Calcutta medical institutions reports 1871-78
Year: 1871
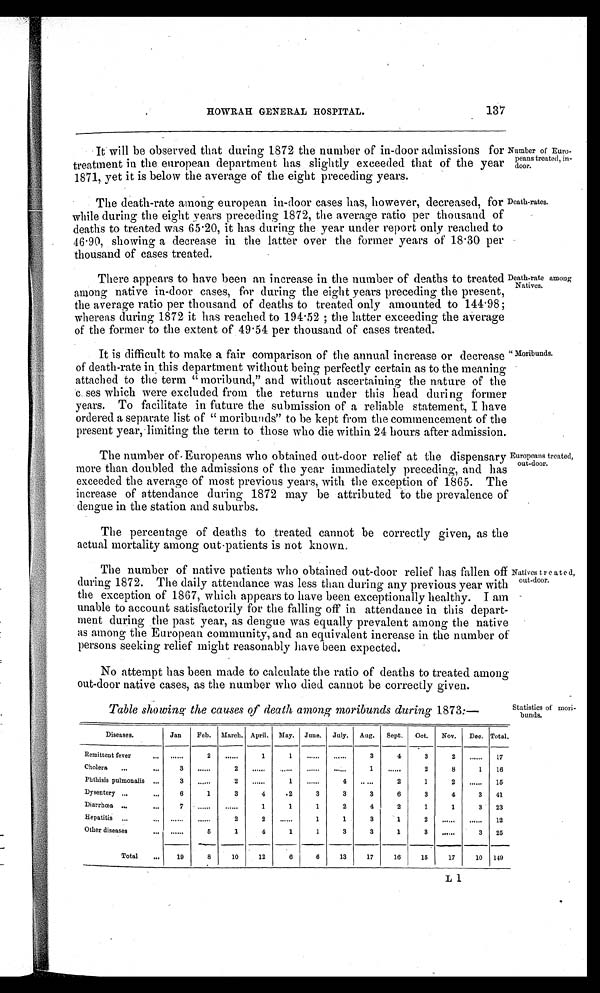
HOWRAH GENERAL HOSPITAL.
137
It will be observed that during 1872 the number of in-door admissions for
treatment in the european department has slightly exceeded that of the year
1871, yet it is below the average of the eight preceding years.
Number of Euro-
peans treated, in-
door.
The death-rate among european in-door cases has, however, decreased, for
while during the eight years preceding 1872, the average ratio per thousand of
deaths to treated was 65·20, it has during the year under report only reached to
46·90, showing a decrease in the latter over the former years of 18·30 per
thousand of cases treated.
Death-rates.
There appears to have been an increase in the number of deaths to treated
among native in-door cases, for during the eight years preceding the present,
the average ratio per thousand of deaths to treated only amounted to 144.98;
whereas during 1872 it has reached to 194·52 ; the latter exceeding the average
of the former to the extent of 49·54 per thousand of cases treated.
Death-rate among
Natives.
It is difficult to make a fair comparison of the annual increase or decrease
of death-rate in this department without being perfectly certain as to the meaning
attached to the term "moribund," and without ascertaining the nature of the
cases which were excluded from the returns under this head during former
years. To facilitate in future the submission of a reliable statement, I have
ordered a separate list of "moribunds" to be kept from the commencement of the
present year, limiting the term to those who die within 24 hours after admission.
"Moribunds.
The number of Europeans who obtained out-door relief at the dispensary
more than doubled the admissions of the year immediately preceding, and has
exceeded the average of most previous years, with the exception of 1865. The
increase of attendance during 1872 may be attributed to the prevalence of
dengue in the station and suburbs.
E u r o p e a n s t r e a t e d ,
o u t - d o o r .
The percentage of deaths to treated cannot be correctly given, as the
actual mortality among out-patients is not known.
The number of native patients who obtained out-door relief has fallen off
during 1872. The daily attendance was less than during any previous year with
the exception of 1867, which appears to have been exceptionally healthy. I am
unable to account satisfactorily for the falling off in attendance in this depart
-
ment during the past year, as dengue was equally prevalent among the native
as among the European community, and an equivalent increase in the number of
persons seeking relief might reasonably have been expected.
Natives treated,
out-door.
No attempt has been made to calculate the ratio of deaths to treated among
out-door native cases, as the number who died cannot be correctly given.
Statistics of mori-
bunds.
Table showing the causes of death among moribunds during 1873:—
Diseases.
Jan
Feb.
March. April.
May.
June.
July.
Aug.
Sept.
Oct.
Nov.
Dec. Total.
Remittent fever
. . . . . .
2
. . . . . . 1
1
. . . . . .
. . . . . .
3
4
3
2
. . . . . .
17
Cholera
3
. . . . . .
2
. . . . . .
. . . . . .
. . . . . .
. . . . . .
1
. . . . . .
2
8
1
16
Phthisis pulmonalis
3
. . . . . .
2
. . . . . . 1
. . . . . .
4
. . . . . .
2
1
2
. . . . . .
15
Dysentery
6
1
3
4
2
3
3
3
6
3
4
3
41
Diarrhœa
7
. . . . . .
. . . . . . 1
1
1
2
4
2
1
1
3
23
Hepatitis
......
......
2
2
. . . . . .
1
1
3
1
2
. . . . . .
. . . . . .
12
Other diseases
. . . . . .
. . . . . .
1
4
1
1
3
3
1
3
. . . . . .
3
25
Total
19
8
10
12
6
6
13
17
16
15
17
10
149